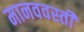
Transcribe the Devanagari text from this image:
मानववस्ती